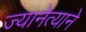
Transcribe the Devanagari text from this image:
ज्यानेत्याने